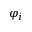
\varphi _ { i }